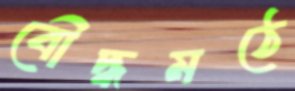
বৌদ্ধমঠে